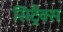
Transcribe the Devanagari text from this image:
सिट्रैक्स